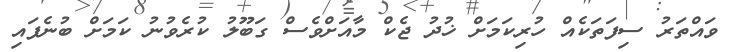
ވައްތަރު ސިފަތަކެއް ހުރިކަމަށް ޚުދު ޖެކް މާއަށްވެސް ގަބޫލު ކުރެވުނު ކަމަށް ބުނެފައި